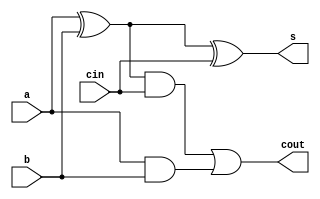
//-------------------------------------------------------------------------
// Design : full adder element
// Descrition : Adder (full) design.
// Revision : 1.0
//-------------------------------------------------------------------------
module  fulladder_element #(
  parameter LEVEL = 2 // 3: behav, 2: rtl,  1: gate
)
(
  input a,
  input b,
  input cin,
  output s,
  output cout
);
  generate
    if(LEVEL > 2)
      // Behavious level
      assign {cout,s} = a + b + cin;
    else if (LEVEL == 2) begin
      // RTL level
      assign s = a ^ b ^ cin;
      assign cout = ((a ^ b) & cin) | (a & b);
    end else begin
      // wires (from ands to or)
      wire w1, w2, w3;
      // carry-out circuitry
      and( w1, a, b );
      and( w2, a, cin );
      and( w3, b, cin );
      or( cout, w1, w2, w3 );
      // sum
      xor( s, a, b, cin );// Gate level
    end
  endgenerate
endmodule